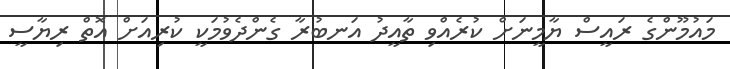
މައުމޫންގެ ރައީސް ޔާމީނަށް ކުރެއްވި ތާއީދު އަނބުރާ ގެންދެވުމަކީ ކުރިއަށް އޮތް ރިޔާސީ